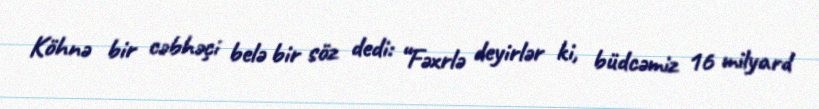
Köhnə bir cəbhəçi belə bir söz dedi: “Fəxrlə deyirlər ki, büdcəmiz 16 milyard